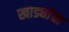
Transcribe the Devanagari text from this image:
खाड्यांचा